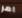
امر